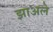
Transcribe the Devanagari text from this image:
झाअले